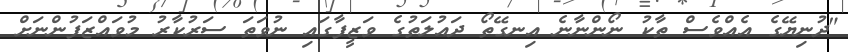
"ދުނިޔޭގެ އެއްވެސް ތާކު ނޯންނާނެ އިނގޭތޯ ދައުލަތުގެ ވަޒީފާގައި ނުވަތަ ސަރުކާރު މުވައްޒަފުންނަށް